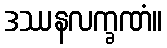
ဒဿနလက္ခဏံ။